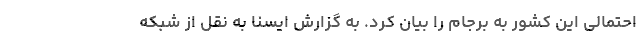
احتمالی این کشور به برجام را بیان کرد. به گزارش ایسنا به نقل از شبکه